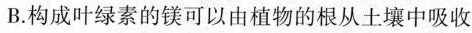
B.构成叶绿素的镁可以由植物的根从土壤中吸收